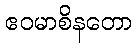
ဧဝမာစိနတော